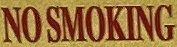
NO SMOKING